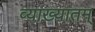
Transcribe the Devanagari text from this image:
व्याख्यातम्